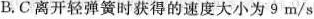
B.C离开轻弹簧时获得的速度大小为9m/s